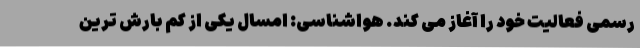
رسمی فعالیت خود را آغاز می کند. هواشناسی: امسال یکی از کم بارش ترین